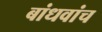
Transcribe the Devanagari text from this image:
बांधवांच